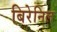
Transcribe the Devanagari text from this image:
बिरेनिल